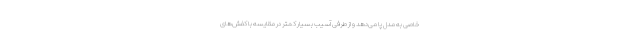
خاصی به مدل پا می‌دهد و از طرفی آسیب بسیار کمتر در مقایسه با کفش‌های